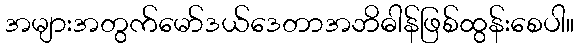
အများအတွက်မော်ဒယ်ဒေတာအဘိဓါန်ဖြစ်ထွန်းစေပါ။